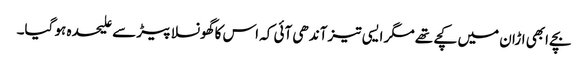
بچے ابھی اڑان میں کچے تھے مگر ایسی تیز آندھی آئی کہ اس کا گھونسلا پیڑ سے علیحدہ ہو گیا۔